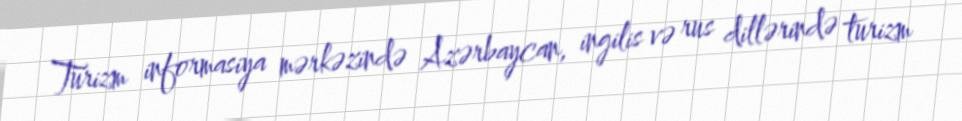
Turizm informasiya mərkəzində Azərbaycan, ingilis və rus dillərində turizm